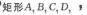
（2）已知方程组：\(\begin{cases}2x - y = 6 \\ 4x + y = 6t\end{cases}\)的解\(x\)和\(y\)是关于\(1\)的“刹那又一年”，求\(t\)的值；